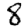
Digit: 8